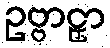
ဥဗ္ဗာဠှာ